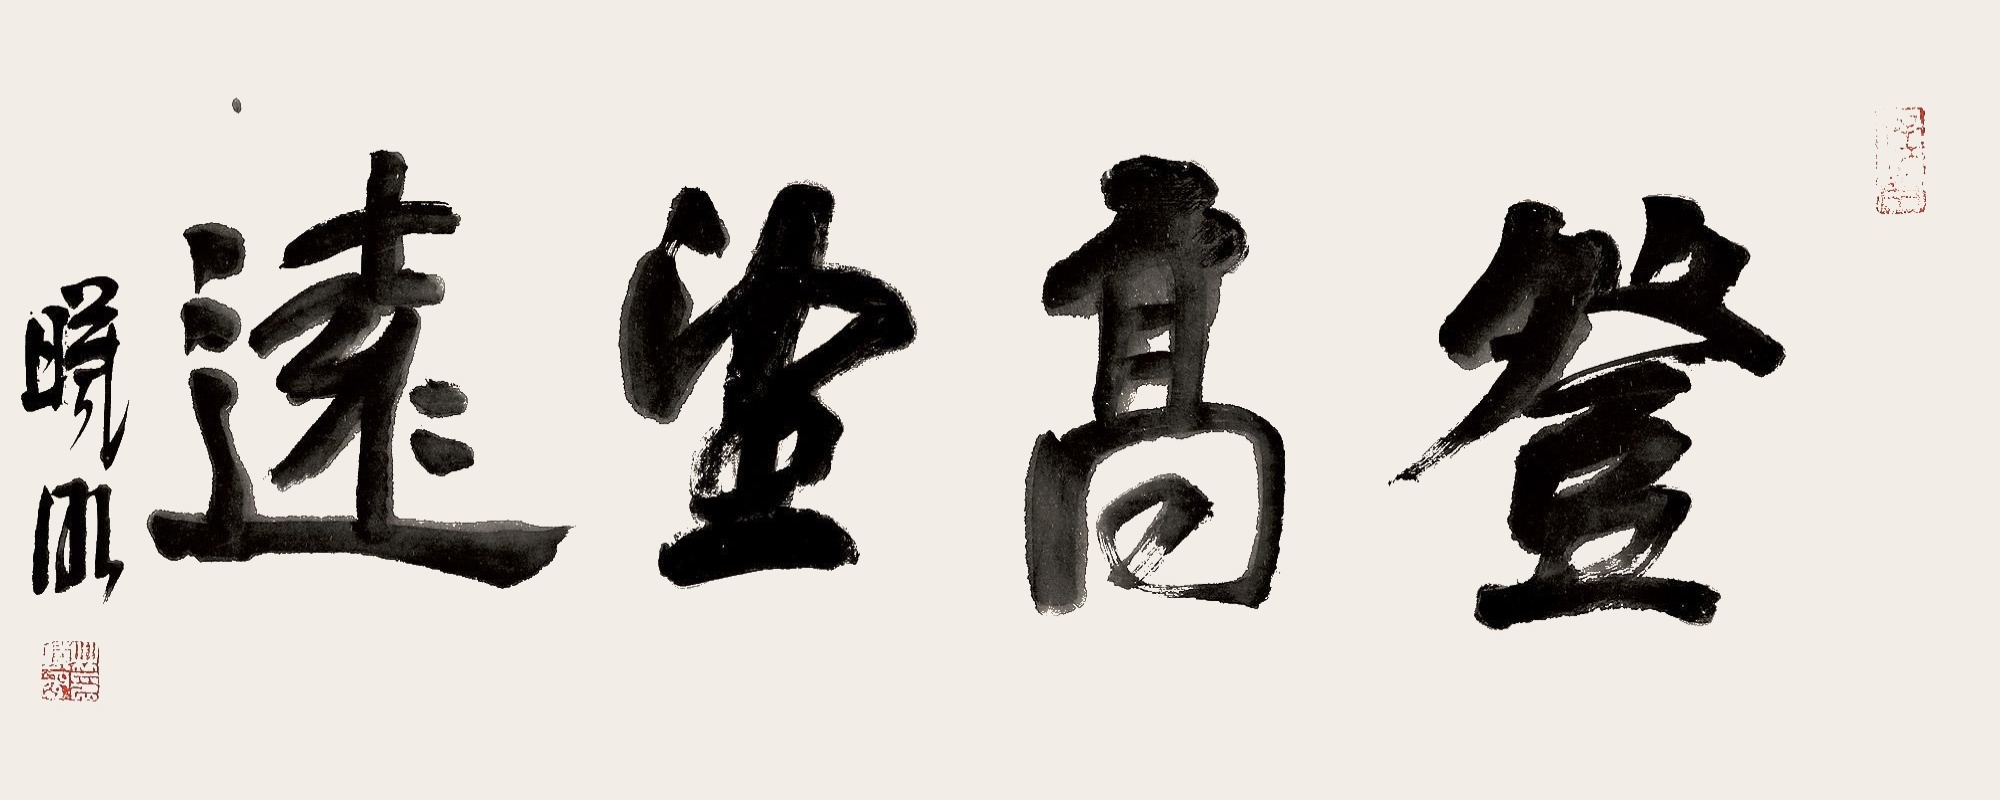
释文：登高望远曦明。